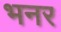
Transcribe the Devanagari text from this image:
भनर